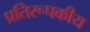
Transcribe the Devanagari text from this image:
प्रतिरूपकीय